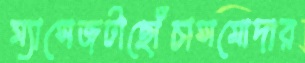
ম্যাসেজটাছোঁচাসমোদার